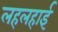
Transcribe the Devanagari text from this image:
लहलहाई